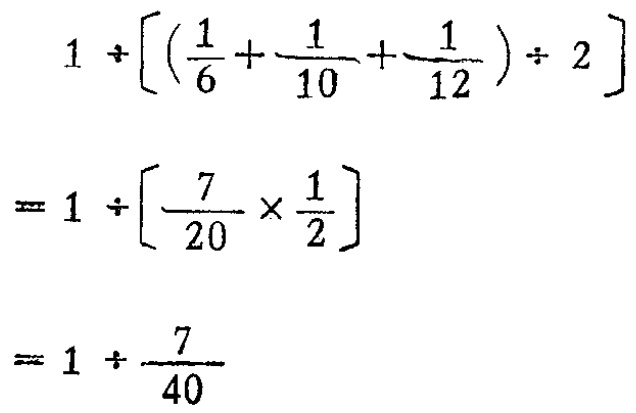
\[

\begin{align*}

&1\div\left[\left(\frac{1}{6}+\frac{1}{10}+\frac{1}{12}\right)\div2\right]\\

=&1\div\left[\frac{7}{20}\times\frac{1}{2}\right]\\

=&1\div\frac{7}{40}

\end{align*}

\]